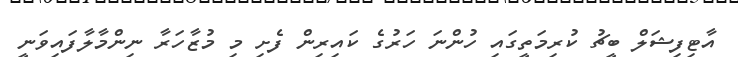
އާޓިފިޝަލް ބީޗު ކުރިމަތީގައި ހުންނަ ހަރުގެ ކައިރިން ފެށި މި މުޒާހަރާ ނިންމާލާފައިވަނީ